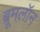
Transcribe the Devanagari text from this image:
ब्रूमलॉन